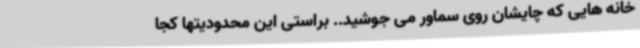
خانه هایی که چایشان روی سماور می جوشید.. براستی این محدودیتها کجا